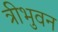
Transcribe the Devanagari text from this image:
त्रीभुवन